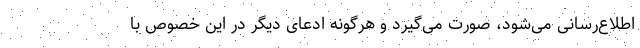
اطلاع‌رسانی می‌شود، صورت می‌گیرد و هرگونه ادعای دیگر در این خصوص با